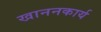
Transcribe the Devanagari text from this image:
खाननकार्य